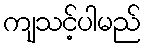
ကျသင့်ပါမည်